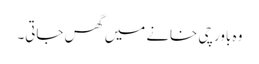
وہ باورچی خانے میں گھس جاتی۔